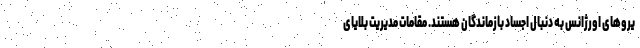
یروهای اورژانس به دنبال اجساد بازماندگان هستند. مقامات مدیریت بلایای